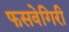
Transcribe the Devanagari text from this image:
फसवेगिरी